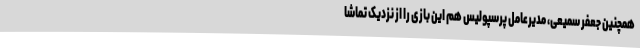
همچنین جعفر سمیعی، مدیرعامل پرسپولیس هم این بازی را از نزدیک تماشا